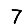
Digit: 7